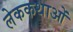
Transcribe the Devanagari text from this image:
लेककथाओं